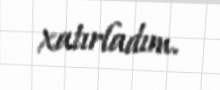
xatırladım.